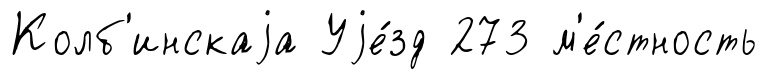
Колб'инскаjа Уjе́зд 273 м'е́стность